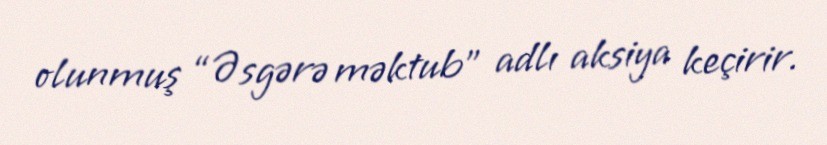
olunmuş “Əsgərə məktub” adlı aksiya keçirir.